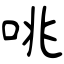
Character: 咷